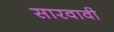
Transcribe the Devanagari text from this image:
सारवावी